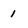
Character: 1